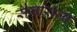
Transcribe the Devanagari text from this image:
सर्जाराजा